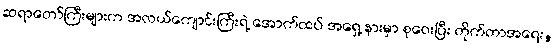
ဆရာတော်ကြီးများက အလယ်ကျောင်းကြီးရဲ့ အောက်ထပ် အရှေ့ နားမှာ စုဝေးပြီး တိုက်တာအရေး,